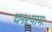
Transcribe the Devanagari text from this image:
घनश्यामः